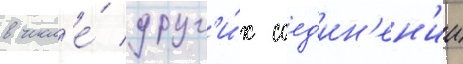
в числ'е́ друг'и́х соед'ин'ен'ии